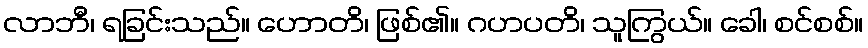
လာဘီ၊ ရခြင်းသည်။ ဟောတိ၊ ဖြစ်၏။ ဂဟပတိ၊ သူကြွယ်။ ခေါ၊ စင်စစ်။